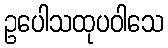
ဥပေါသထုပဝါသေ